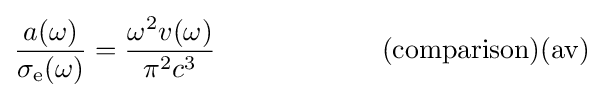
{\frac {a(\omega )}{\sigma _{\rm {e}}(\omega )}}={\frac {\omega ^{2}v(\omega )}{\pi ^{2}c^{3}}}~~~~~~~~~~~~~~~~~~({\rm {comparison)(av)}}